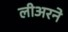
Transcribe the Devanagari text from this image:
लीअरने